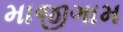
માજીગામ